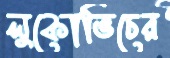
লুকোভিচের